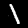
Digit: 1